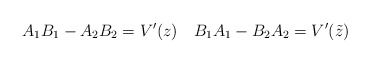
\begin{align*}A_1B_1-A_2B_2 = V'(z)\quad B_1A_1-B_2A_2=V'(\tilde z)\end{align*}